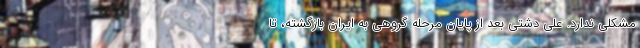
مشکلی ندارد. علی دشتی بعد از پایان مرحله گروهی به ایران بازگشته، تا